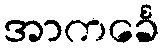
အာကင်္ခေ